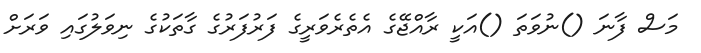
މަސް ފާނަ ()ނުވަތަ ()އަކީ ރާއްޖޭގެ އެތެރެވަރީގެ ފަރުފަރުގެ ގާތަކުގެ ނިވަލުގައި ވަރަށް